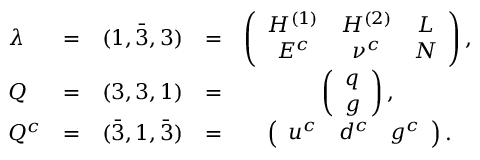
\begin{array} { l c c c c } { { \lambda } } & { { = } } & { { ( 1 , \bar { 3 } , 3 ) } } & { { = } } & { { \left( \begin{array} { c c c } { { H ^ { ( 1 ) } } } & { { H ^ { ( 2 ) } } } & { { L } } \\ { { E ^ { c } } } & { { \nu ^ { c } } } & { { N } } \end{array} \right) , \strut } } \\ { { Q } } & { { = } } & { { ( 3 , 3 , 1 ) } } & { { = } } & { { \left( \begin{array} { c } { { q } } \\ { { g } } \end{array} \right) , \strut } } \\ { { Q ^ { c } } } & { { = } } & { { ( \bar { 3 } , 1 , \bar { 3 } ) } } & { { = } } & { { \left( \begin{array} { c c c } { { u ^ { c } } } & { { d ^ { c } } } & { { g ^ { c } } } \end{array} \right) . } } \end{array}